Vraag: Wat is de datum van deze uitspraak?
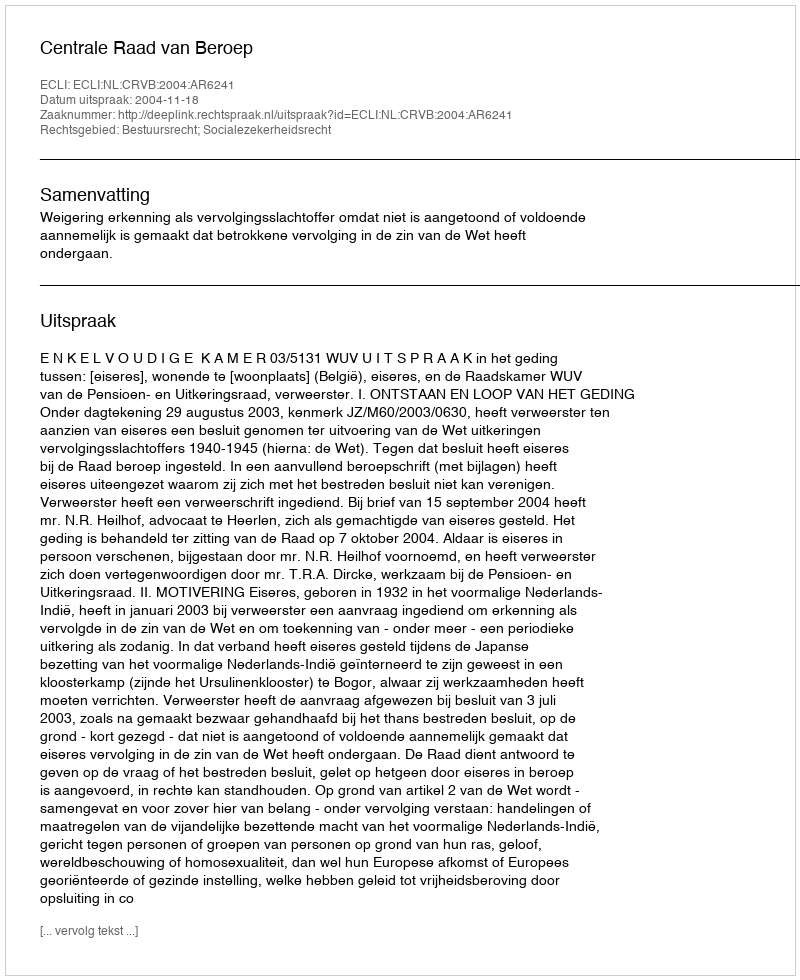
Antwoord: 2004-11-18